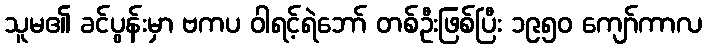
သူမ၏ ခင်ပွန်းမှာ ဗကပ ဝါရင့်ရဲဘော် တစ်ဦးဖြစ်ပြီး ၁၉၅၀ ကျော်ကာလ